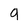
Character: g